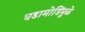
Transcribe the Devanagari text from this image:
घडामोडिंमुळे